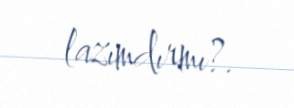
lazımdırmı?.